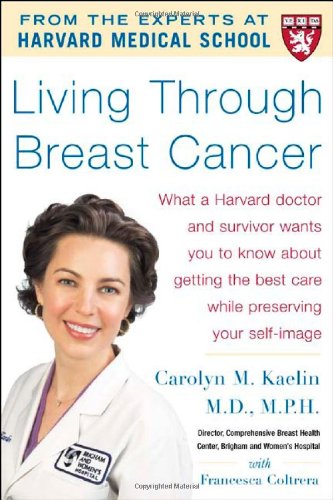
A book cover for Living Through Breast Cancer - PB; Carolyn Kaelin; Health, Fitness & Dieting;